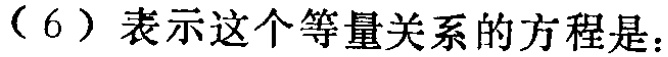
（6）表示这个等量关系的方程是：